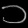
Digit: ၁